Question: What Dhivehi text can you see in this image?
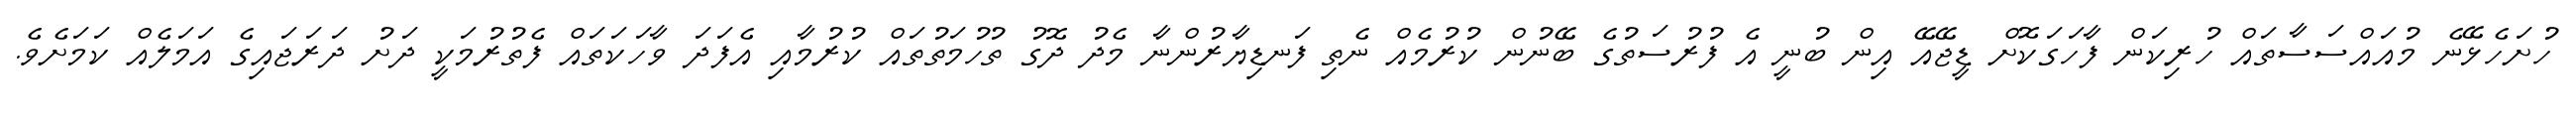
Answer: ހުށަހެޅޭނެ މުއައްސަސާތައް ހުރިކަން ފާހަގަކޮށް ޑީޖޭއޭ އިން ބުނީ އެ ފުރުސަތުގެ ބޭނުން ކުރުމެއް ނެތި ފަނޑިޔާރުންނާ މެދު ދޮގު ތުހުމަތުތައް ކުރުމާއި އެފަދަ ވާހަކަތައް ފެތުރުމަކީ ދަށު ދަރަޖައިގެ އަމަލެއް ކަމަށެވެ.